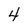
Character: 4